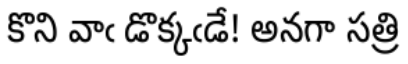
కొని వాఁ డొక్కఁడే! అనగా సత్రి